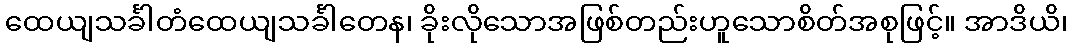
ထေယျသင်္ခါတံထေယျသင်္ခါတေန၊ ခိုးလိုသောအဖြစ်တည်းဟူသောစိတ်အစုဖြင့်။ အာဒိယိ၊